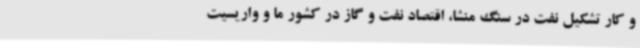
و کار تشکیل نفت در سنگ منشا، اقتصاد نفت و گاز در کشور ما و واریسیت